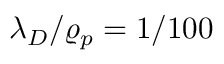
\lambda _ { D } / \varrho _ { p } = 1 / 1 0 0